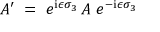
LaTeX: A ^ { \prime } \; = \; e ^ { \mathrm { i } \epsilon \sigma _ { 3 } } \, A \; e ^ { - \mathrm { i } \epsilon \sigma _ { 3 } }